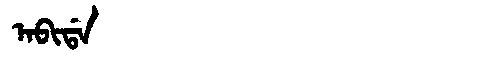
Manchu: ᠠᠪᡳᡩᠠ
Romanization: ABIDA